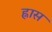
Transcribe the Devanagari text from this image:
ह्नास